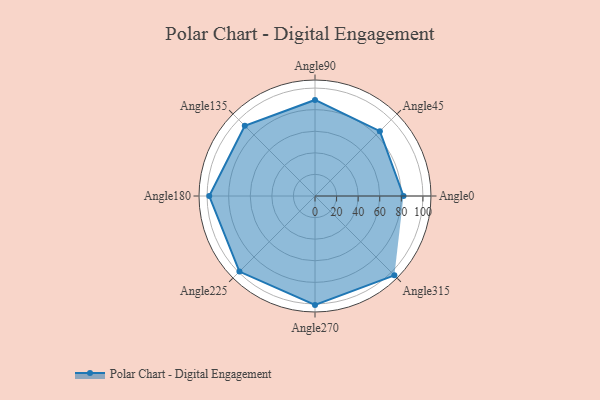
{"axis": {"x": "Angle", "y": "Radius"}, "legend": [""], "data": [{"x": "Angle0", "y": 82.0, "type": ""}, {"x": "Angle45", "y": 85.0, "type": ""}, {"x": "Angle90", "y": 89.0, "type": ""}, {"x": "Angle135", "y": 92.0, "type": ""}, {"x": "Angle180", "y": 98.0, "type": ""}, {"x": "Angle225", "y": 99.0, "type": ""}, {"x": "Angle270", "y": 101.0, "type": ""}, {"x": "Angle315", "y": 104.0, "type": ""}]}